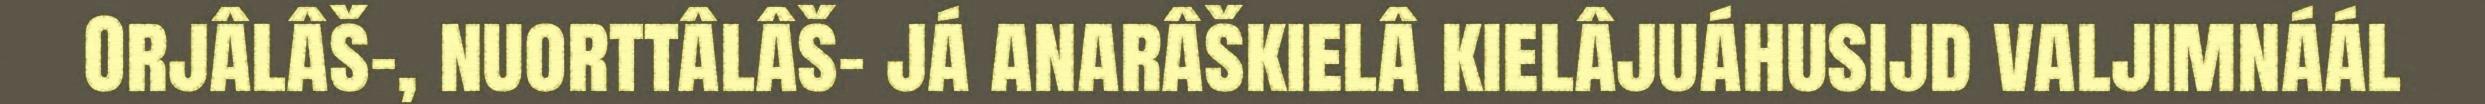
Orjâlâš-, nuorttâlâš- já anarâškielâ kielâjuáhusijd valjimnáál